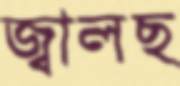
জ্বালছ